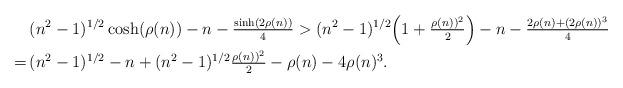
LaTeX: \begin{align*}& \, (n^2-1)^{1/2}\cosh(\rho(n))-n - \tfrac{\sinh(2\rho(n))}{4} >(n^2-1)^{1/2}\Big( 1+ \tfrac{\rho(n))^2}{2}\Big)-n - \tfrac{2\rho(n)+(2\rho(n))^3}{4} \\= & \, (n^2-1)^{1/2} - n +(n^2-1)^{1/2}\tfrac{\rho(n))^2}{2} - \rho(n)-4\rho(n)^3. \end{align*}